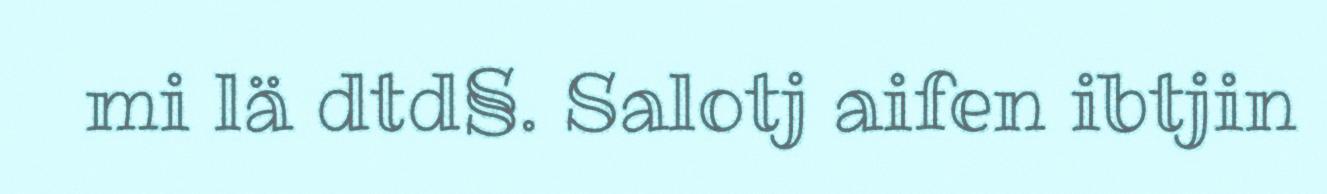
mi lä dtd§. Salotj aifen ibtjin